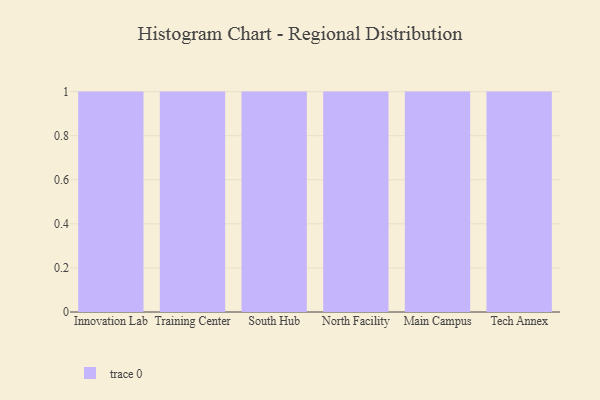
{"axis": {"x": "Campus", "y": "Population (Million)"}, "legend": [""], "data": [{"x": "Innovation Lab", "y": 35, "type": ""}, {"x": "Training Center", "y": 10, "type": ""}, {"x": "South Hub", "y": 95, "type": ""}, {"x": "North Facility", "y": 39, "type": ""}, {"x": "Main Campus", "y": 9, "type": ""}, {"x": "Tech Annex", "y": 68, "type": ""}]}